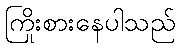
ကြိုးစားနေပါသည်